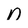
Character: n